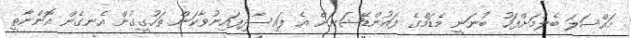
މައްސަލަ ބެލުމަށްފަހު ބުނަނީ މެޑަމްގެ ފައުންޑޭޝަނަށް އެ ފައިސާދިފައިނުވާކަން ތަހުގީގުން އެނގެން އޮންނާތީ